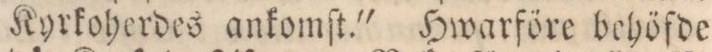
Kyrkoherdes ankomſt.' Hwarföre behöfde